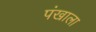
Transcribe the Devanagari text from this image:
पंखाला